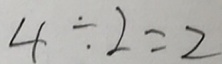
4 \div 2 = 2